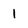
Character: 1